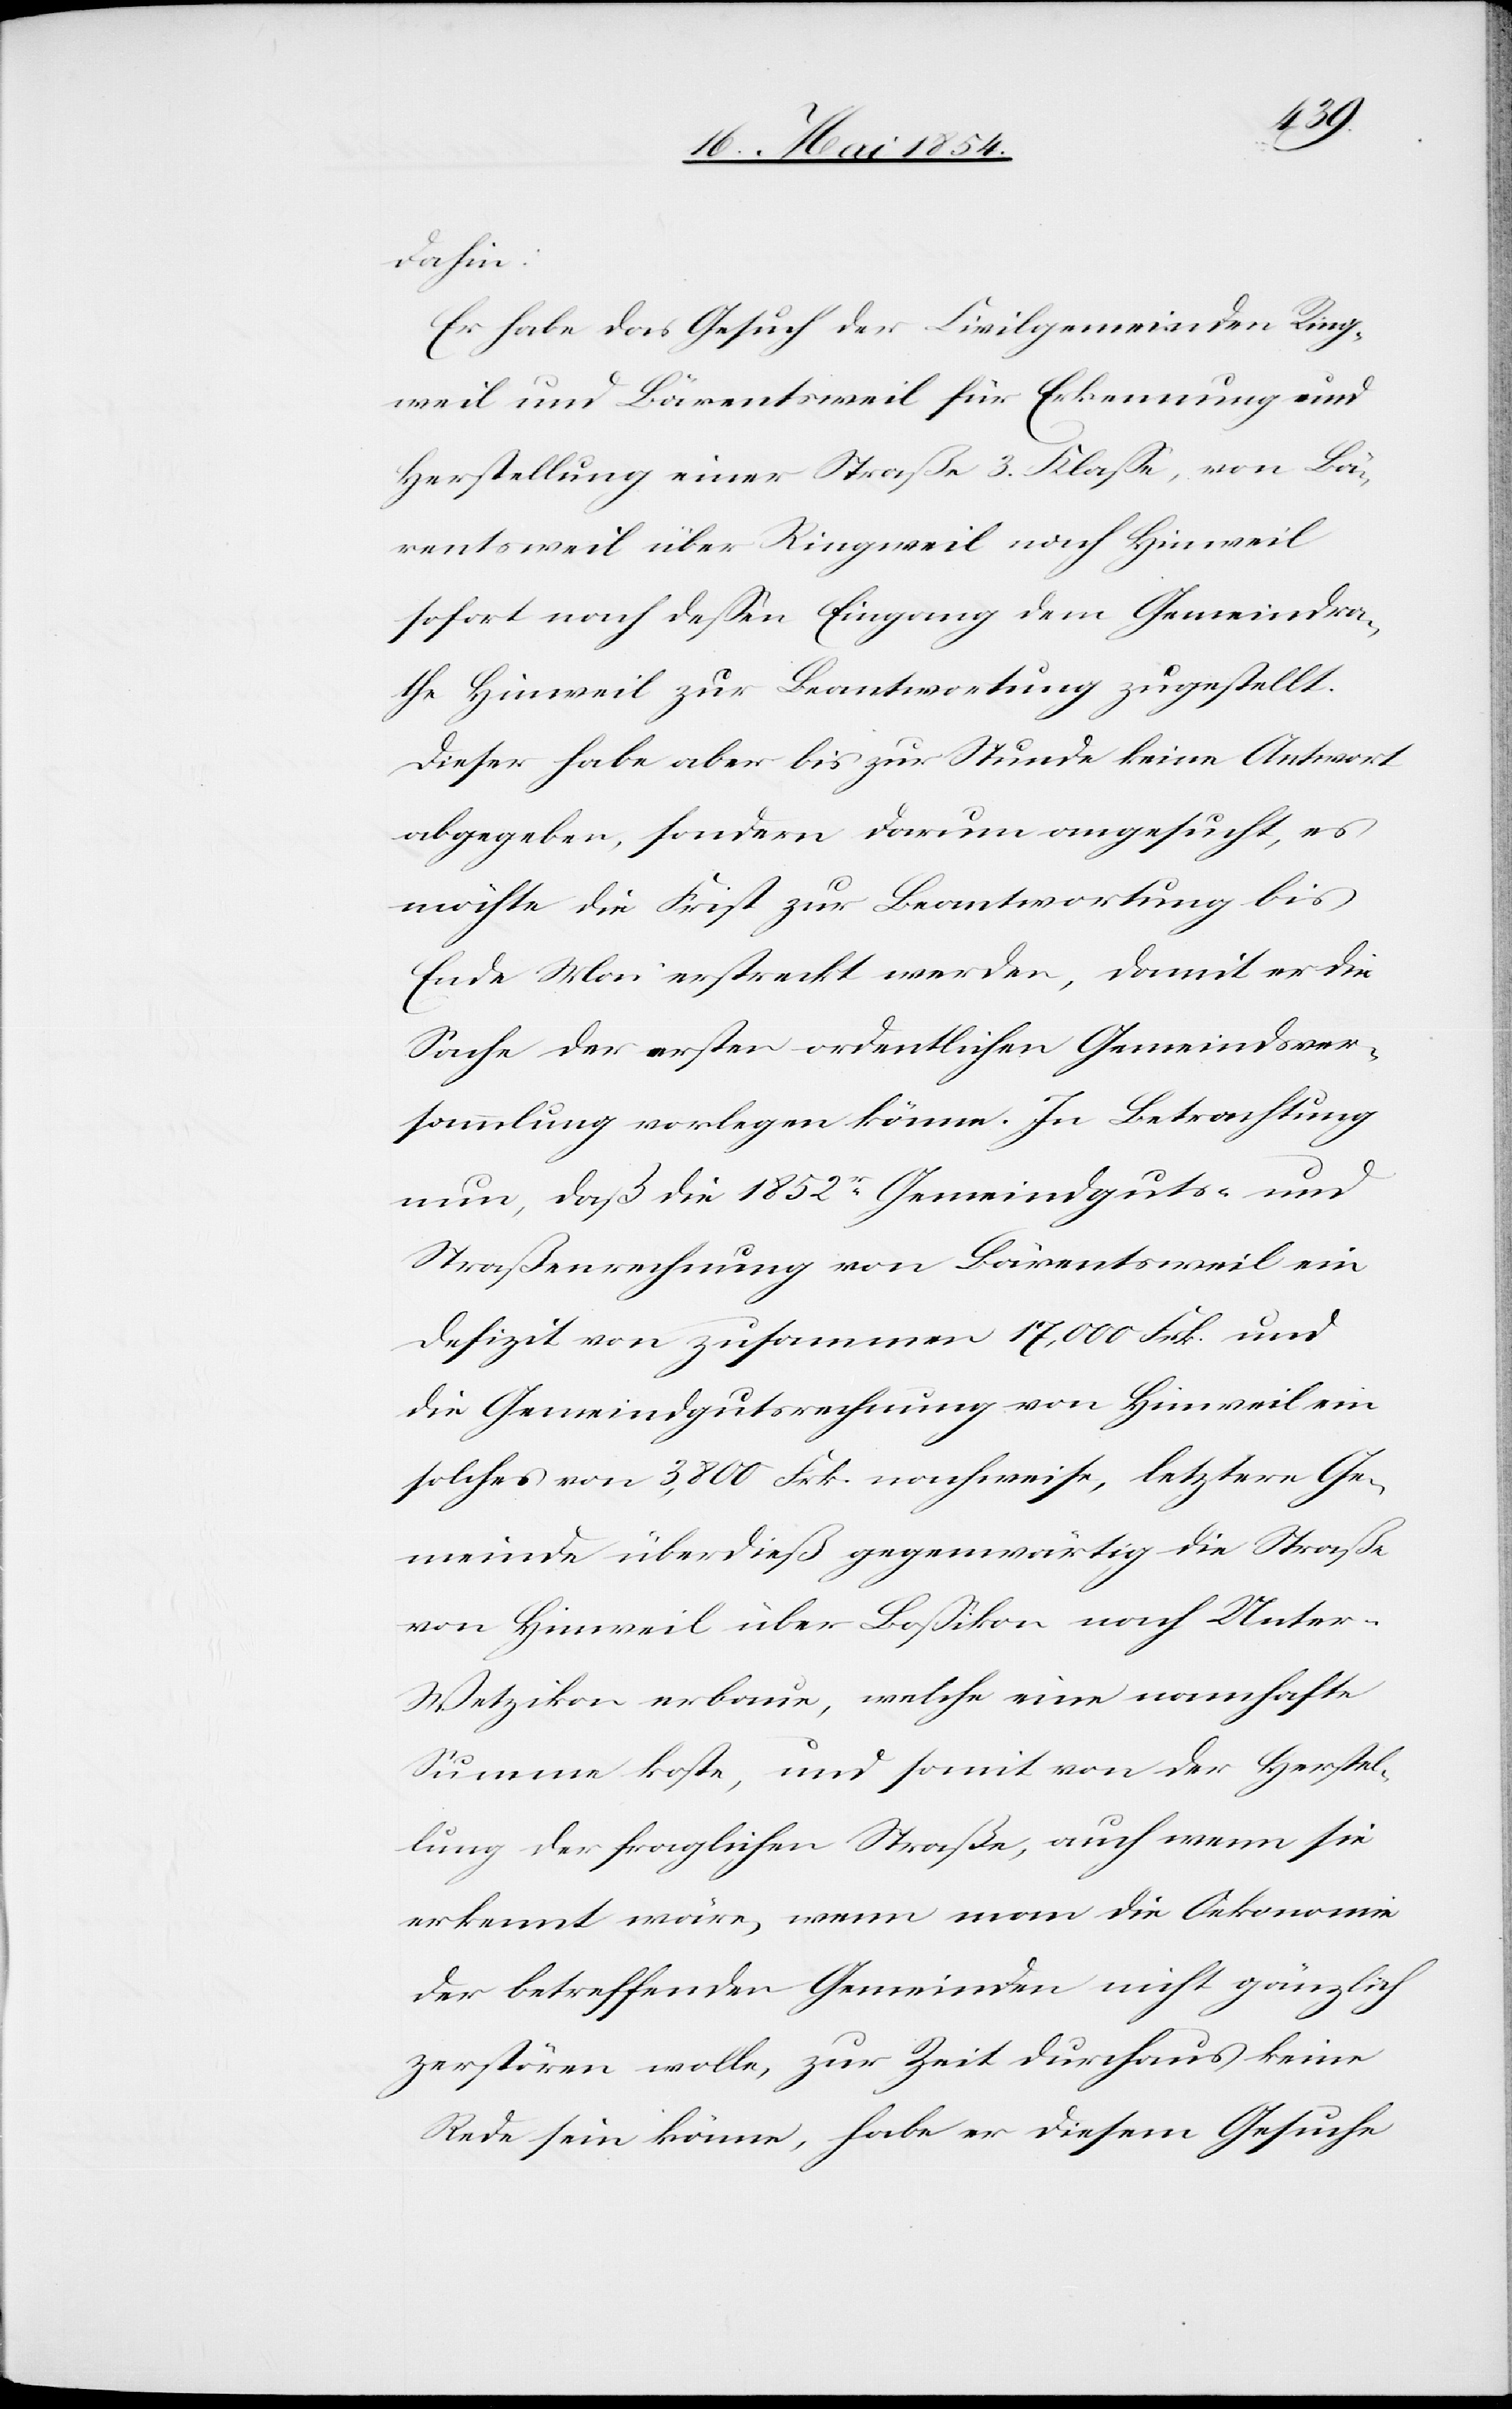
dahin:
Er habe das Gesuch der Civilgemeinde Ring¬
weil und Bärentsweil für Erkennung und
Herstellung einer Straße 3. Klaße, von Bä¬
rentsweil über Ringweil nach Hinweil
sofort nach deßen Eingang dem Gemeindra¬
the Hinweil zur Beantwortung zugestellt.
Dieser habe aber bis zur Stunde keine Antwort
abgegeben, sondern darum angesucht, es
möchte die Frist zur Beantwortung bis
Ende Mai erstreckt werden, damit er die
Sache der ersten ordentlichen Gemeindsver¬
sammlung vorlegen könne. In Betrachtung
nun, daß die 1852r Gemeindguts- und
Straßenrechnung von Bärentsweil ein
Defizit von zusammen 17,000 Frk. und
die Gemeindgutsrechnung von Hinweil ein
solches von 3,800 Frk. nachweise, letztere Ge¬
meinde überdieß gegenwärtig die Straße
von Hinweil über Boßikon nach unter-W¬
etzikon erbaue, welche eine namhafte
Summe koste, und somit von der Herstel¬
lung der fraglichen Straße, auch wenn sie
erkennt wäre, wenn man die Oekonomie
der betreffenden Gemeinden nicht gänzlich
zerstören wolle, zur Zeit durchaus keine
Rede sein könne, habe er diesem Gesuche